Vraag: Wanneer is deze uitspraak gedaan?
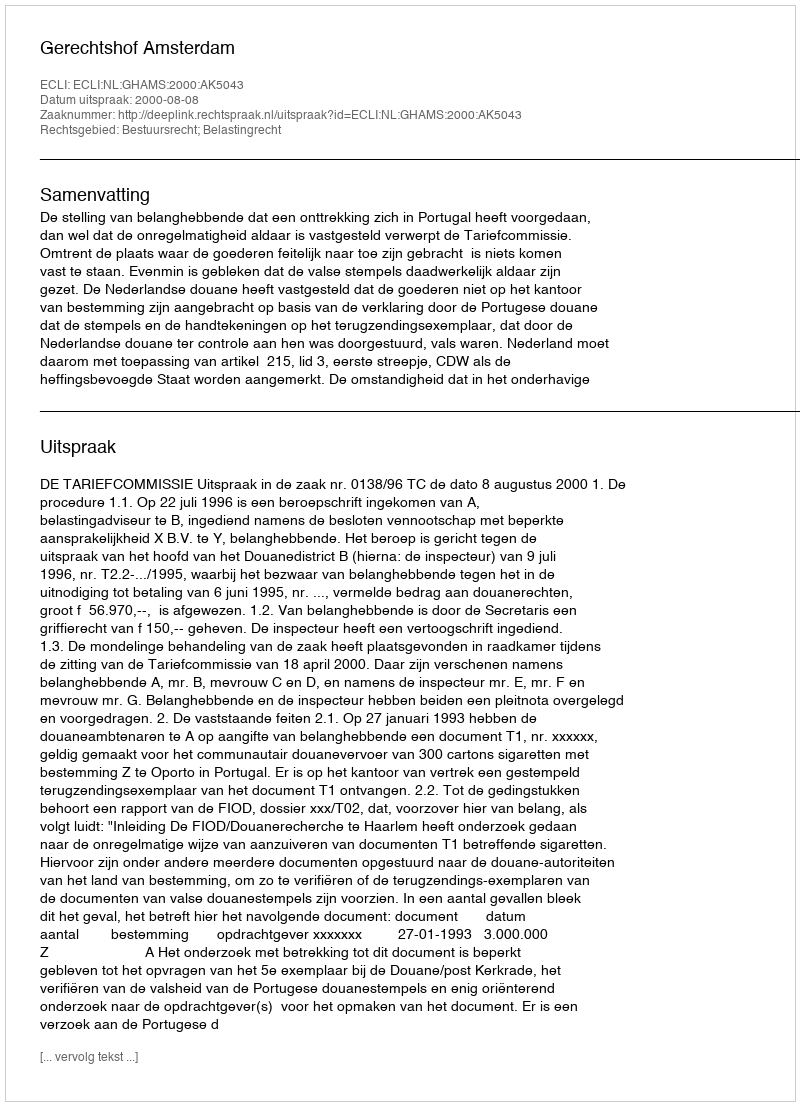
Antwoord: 2000-08-08